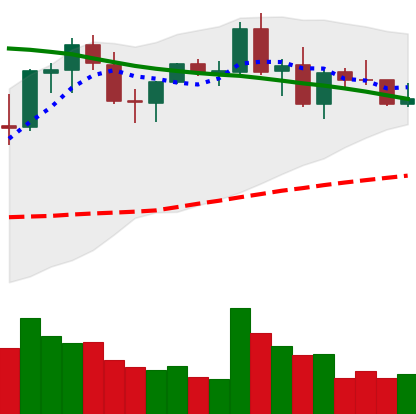
Ticker: NEO-USD
Chart end date: 2021-08-31
Forward return: 25.938%
Label: up_7plus